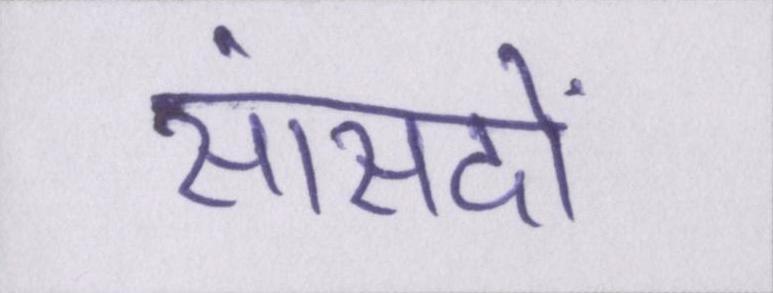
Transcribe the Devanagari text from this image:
सांसदों